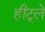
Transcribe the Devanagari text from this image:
हीट्ले